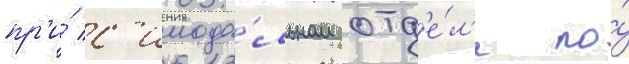
пр'и́ с'инода́льном отд'е́л'е по́